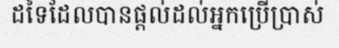
ដទៃដែលបានផ្តល់ដល់អ្នកប្រើប្រាស់